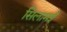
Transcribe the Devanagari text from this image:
सिलामई